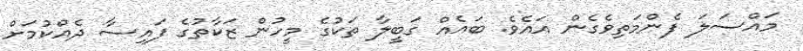
މައްސަލަ ފެންމަތިވެގެން އައެވެ. ބައެއް ގަބީލާ ތަކުގެ މީހުން ޒަކާތުގެ ފައިސާ ދެއްކުމަށް